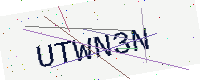
Text: UTWN3N